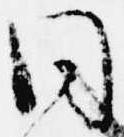
同